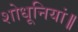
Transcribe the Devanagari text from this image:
शोधूनियां॥